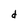
Character: d